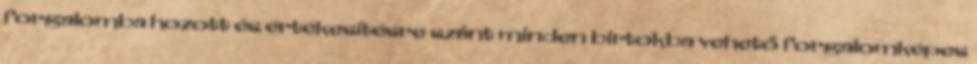
forgalomba hozott és értékesítésre szánt minden birtokba vehető forgalomképes